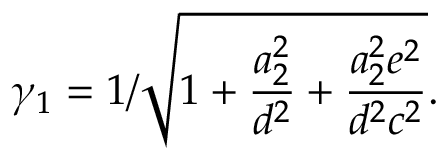
\gamma _ { 1 } = { 1 / \sqrt { 1 + { \frac { a _ { 2 } ^ { 2 } } { d ^ { 2 } } } + { \frac { a _ { 2 } ^ { 2 } e ^ { 2 } } { d ^ { 2 } c ^ { 2 } } } } } .